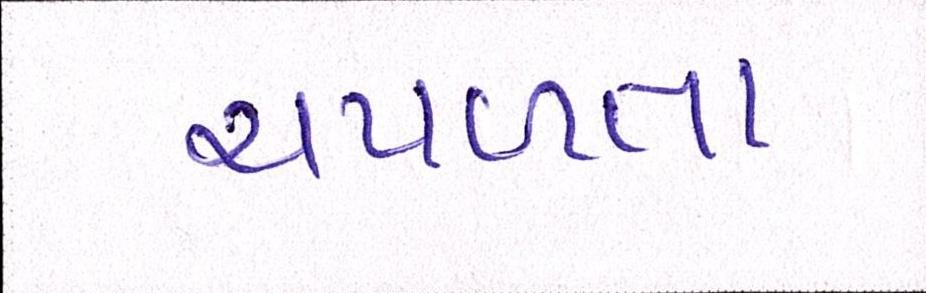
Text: ચપળતા